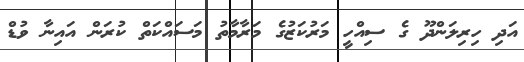
އަދި ހިރިލަންދޫ ގެ ސިއްހީ މަރުކަޒުގެ މަރާމާތު މަސައްކަތް ކުރަން އައިނާ ވުޑް